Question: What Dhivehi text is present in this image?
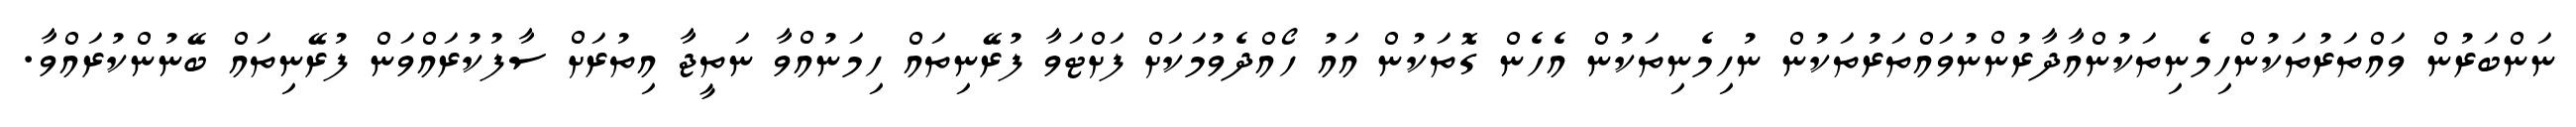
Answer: ނަންބަރުން ވައްތަރުތަކުންހިމެނިތަކުންއާދާރުންނުވައްތަރުތަކުން ނުހިމެނިތަކުން އެހެން ގޮތަކުން އައު ހޯއްދެވުމަކަށް ފަށްޓަވާ ފުރޭނިތައް ހިމަނުއްވާ ނަތީޖާ އިތުރަށް ސާފުކުރައްވަން ފުރޭނިތައް ބޭނުންކުރައްވާ.